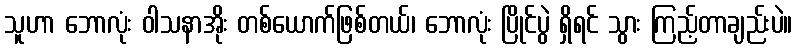
သူဟာ ဘောလုံး ဝါသနာအိုး တစ်ယောက်ဖြစ်တယ်၊ ဘောလုံး ပြိုင်ပွဲ ရှိရင် သွား ကြည့်တာချည်းပဲ။